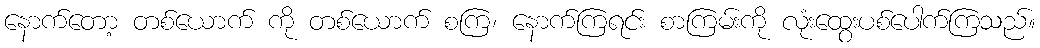
နောက်တော့ တစ်ယောက် ကို တစ်ယောက် စကြ၊ နောက်ကြရင်း စာကြမ်းကို လုံးထွေးပစ်ပေါက်ကြသည်။